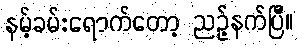
နမ့်ခမ်းရောက်တော့ ညဉ့်နက်ပြီ။